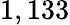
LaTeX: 1,133